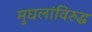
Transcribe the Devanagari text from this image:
मुघलांविरुद्ध